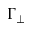
\Gamma _ { \perp }